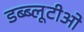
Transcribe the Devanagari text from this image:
डब्ब्लूटीओ